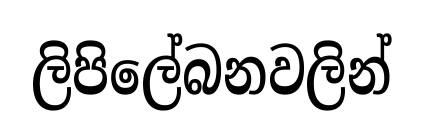
ලිපිලේබනවලින්